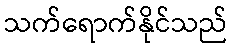
သက်ရောက်နိုင်သည်